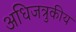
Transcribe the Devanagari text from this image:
अधिजत्रुकीय